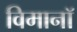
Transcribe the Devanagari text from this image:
विमानॉ